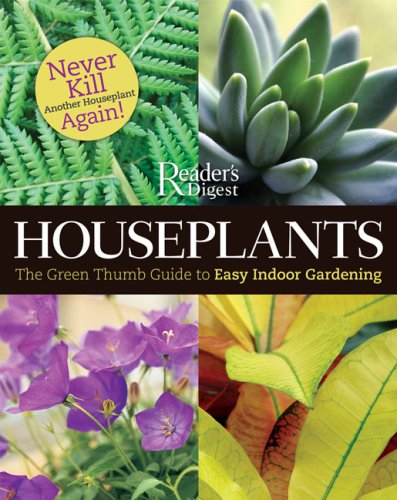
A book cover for Book of Houseplants: The Green Thumb Guide to Easy Indoor Gardening; Editors of Reader's Digest; Crafts, Hobbies & Home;